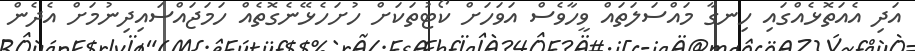
އަދި އެއަތޮޅެއްގައި ހިނގާ މައްސަލަތައް ވީހާވެސް އަވަހަށް ކޯޓުތަކަށް ހުށަހެޅޭނެގޮތެއް ހަމަޖައްސަައިދިނުމަށް އެދެން